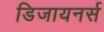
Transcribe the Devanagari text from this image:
डिजायनर्स